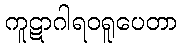
ကူဋာဂါရဝရူပေတာ